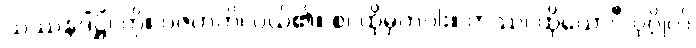
သဿနဒိံဋ္ဌိံ၊ ကို။ ပဇဟတိ၊ ပယ်၏။ စ၊ ထိုမှတပါး။ တဿ၊ ထိုယောဂီ ပုဂ္ဂိုလ်